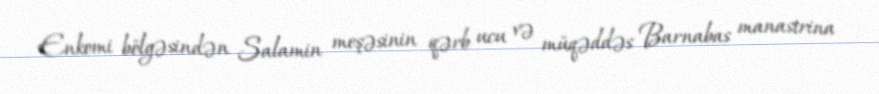
Enkomi bölgəsindən Salamin meşəsinin qərb ucu və müqəddəs Barnabas manastrina